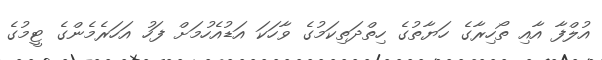
އުލްފާ އާއި ތޯހިރާގެ ހަޔާތުގެ ހިތްދަތިކަމުގެ ވާހަކަ އަޑުއެހުމަށް ފަހު އަހަރެމެންގެ ޓީމުގެ